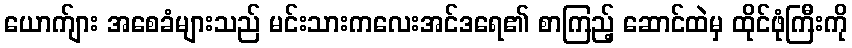
ယောက်ျား အစေခံများသည် မင်းသားကလေးအင်ဒရေ၏ စာကြည့် ဆောင်ထဲမှ ထိုင်ဖုံကြီးကို